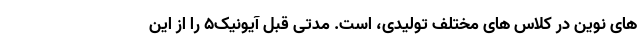
های نوین در کلاس های مختلف تولیدی، است. مدتی قبل آیونیک5 را از این